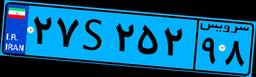
۰۴S۵۶۶۹۳